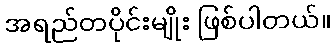
အရည်တပိုင်းမျိုး ဖြစ်ပါတယ်။